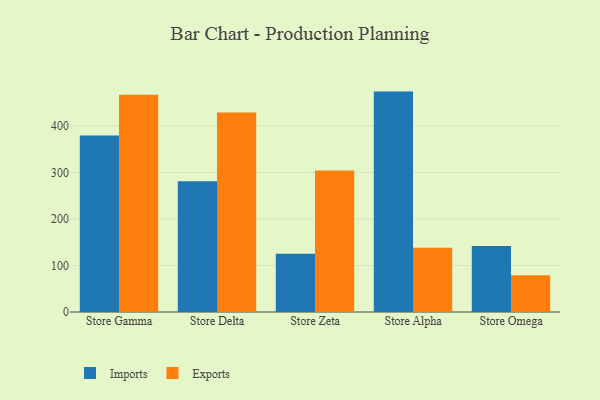
{"axis": {"x": "Store", "y": "Operating Costs (USD K)"}, "legend": ["Exports", "Imports"], "data": [{"x": "Store Gamma", "y": 379.9, "type": "Imports"}, {"x": "Store Gamma", "y": 467.1, "type": "Exports"}, {"x": "Store Delta", "y": 281.5, "type": "Imports"}, {"x": "Store Delta", "y": 429.1, "type": "Exports"}, {"x": "Store Zeta", "y": 125.1, "type": "Imports"}, {"x": "Store Zeta", "y": 304.3, "type": "Exports"}, {"x": "Store Alpha", "y": 474.1, "type": "Imports"}, {"x": "Store Alpha", "y": 138.4, "type": "Exports"}, {"x": "Store Omega", "y": 142.0, "type": "Imports"}, {"x": "Store Omega", "y": 79.1, "type": "Exports"}]}